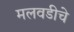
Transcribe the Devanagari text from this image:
मलवडीचे